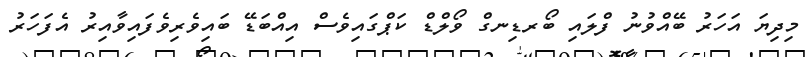
މިދިޔަ އަހަރު ބޭއްވުނު ފްލައި ބޯރޑިނގް ވޯލްޑް ކަޕްގައިވެސް އިއްބަޑޭ ބައިވެރިވެފައިވާއިރު އެފަހަރު